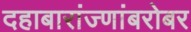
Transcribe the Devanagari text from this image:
दहाबारांज्णांबरोबर